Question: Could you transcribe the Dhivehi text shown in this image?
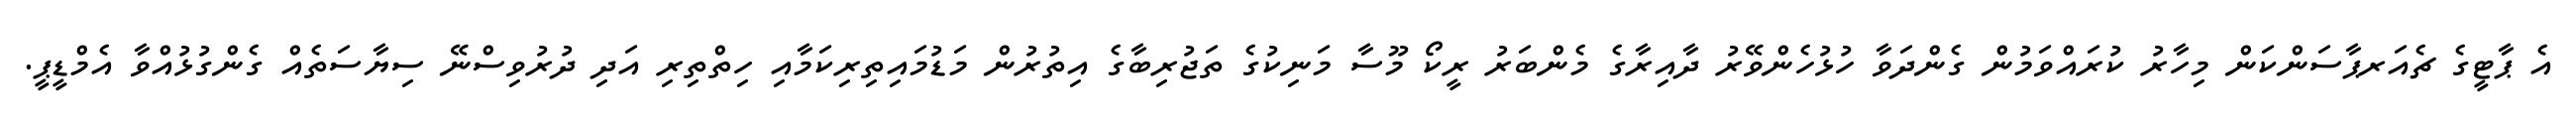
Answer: އެ ޕާޓީގެ ޗެއަރޕާސަންކަން މިހާރު ކުރައްވަމުން ގެންދަވާ ހުޅުހެންވޭރު ދާއިރާގެ މެންބަރު ރީކޯ މޫސާ މަނިކުގެ ތަޖުރިބާގެ އިތުރުން މަޑުމައިތިރިކަމާއި ހިތްތިރި އަދި ދުރުވިސްނޭ ސިޔާސަތެއް ގެންގުޅުއްވާ އެމްޑީޕީ.